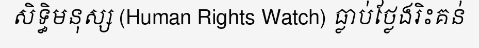
សិទ្ធិមនុស្ស (Human Rights Watch) ធ្លាប់ថ្លែងរិះគន់